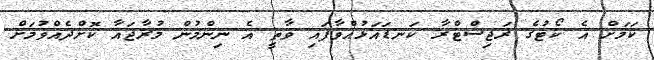
ކަމަށް އެ ކޯޓުގެ ރަޖިސްޓްރާ ކަނޑައަޅުއްވާފައި ވާތީ އެ ނިންމުން މުރާޖައާ ކޮށްދެއްވުމަށް